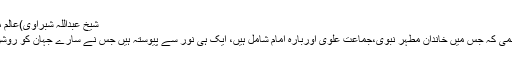
شیخ عبداللہ شبراوی)عالم مذہب ِشافعی)
”یہ سلسلہٴ ہاشمی کہ جس میں خاندانِ مطہر نبوی،جماعت ِعلوی اوربارہ امام شامل ہیں، ایک ہی نور سے پیوستہ ہیں جس نے سارے جہان کو روشن کیا ہوا ہے۔